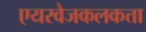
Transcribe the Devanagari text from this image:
एयरवेजकलकत्ता